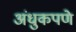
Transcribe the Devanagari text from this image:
अंधुकपणे